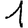
Digit: 1